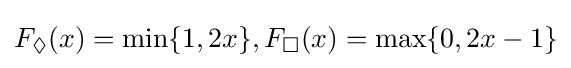
F_{\Diamond }(x)=\min\{1,2x\},F_{\Box }(x)=\max\{0,2x-1\}